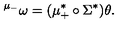
{ } ^ { \mu _ { - } } \omega = ( \mu _ { + } ^ { * } \circ \Sigma ^ { * } ) \theta .